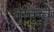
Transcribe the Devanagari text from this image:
ताकवे